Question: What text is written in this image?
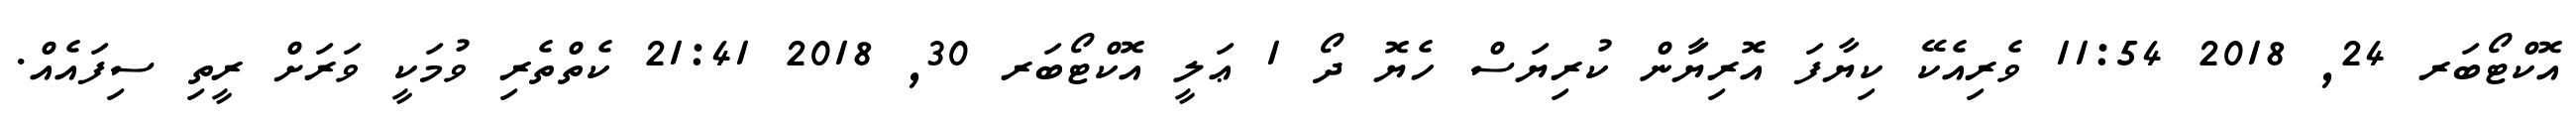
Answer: އޮކްޓޯބަރ 24, 2018 11:54 ވެރިއެކޭ ކިޔާފަ އޮރިޔަާން ކުރިޔަސް ހެޔޮ ދޯ 1 ޢަލީ އޮކްޓޯބަރ 30, 2018 21:41 ކެތްތެރި ވުމަކީ ވަރަށް ރީތި ސިފައެއް.